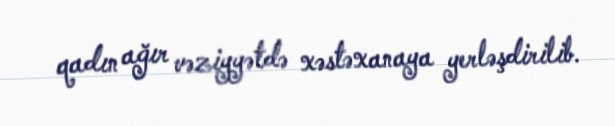
qadın ağır vəziyyətdə xəstəxanaya yerləşdirilib.